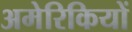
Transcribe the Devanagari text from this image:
अमेरिकियों